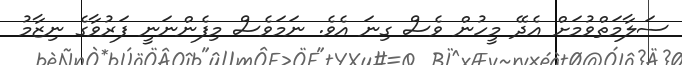
ސަލާމަތްވުމަށް އެދޭ މީހުން ވެސް ގިނަ އެވެ. ނަމަވެސް މިފެންނަނީ ފަރުވާގެ ނިޒާމު